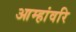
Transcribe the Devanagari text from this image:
आम्हांवरि